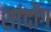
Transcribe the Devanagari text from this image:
शांदोंग